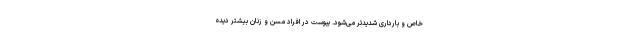
خاص و بارداری شدیدتر می‌شود. یبوست در افراد مسن و زنان بیشتر دیده